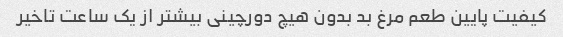
کیفیت پایین طعم مرغ بد بدون هیچ دورچینی بیشتر از یک ساعت تاخیر